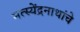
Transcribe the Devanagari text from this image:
मत्स्येंद्रनाथांचे